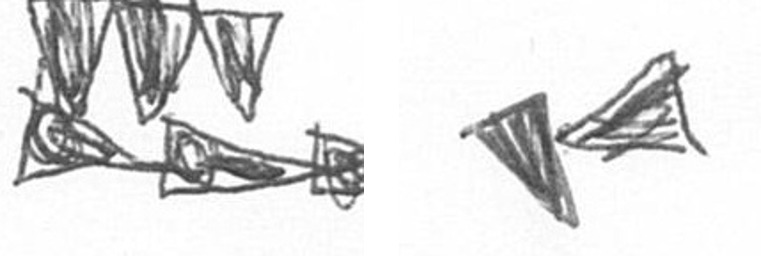
D F